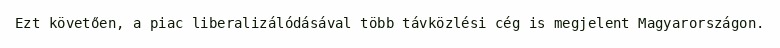
Ezt követően, a piac liberalizálódásával több távközlési cég is megjelent Magyarországon.